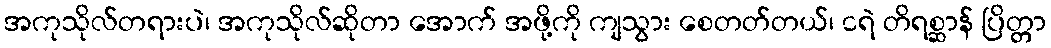
အကုသိုလ်တရားပဲ၊ အကုသိုလ်ဆိုတာ အောက် အဖို့ကို ကျသွား စေတတ်တယ်၊ ငရဲ တိရစ္ဆာန် ပြိတ္တာ